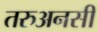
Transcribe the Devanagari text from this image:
तरुअनसी